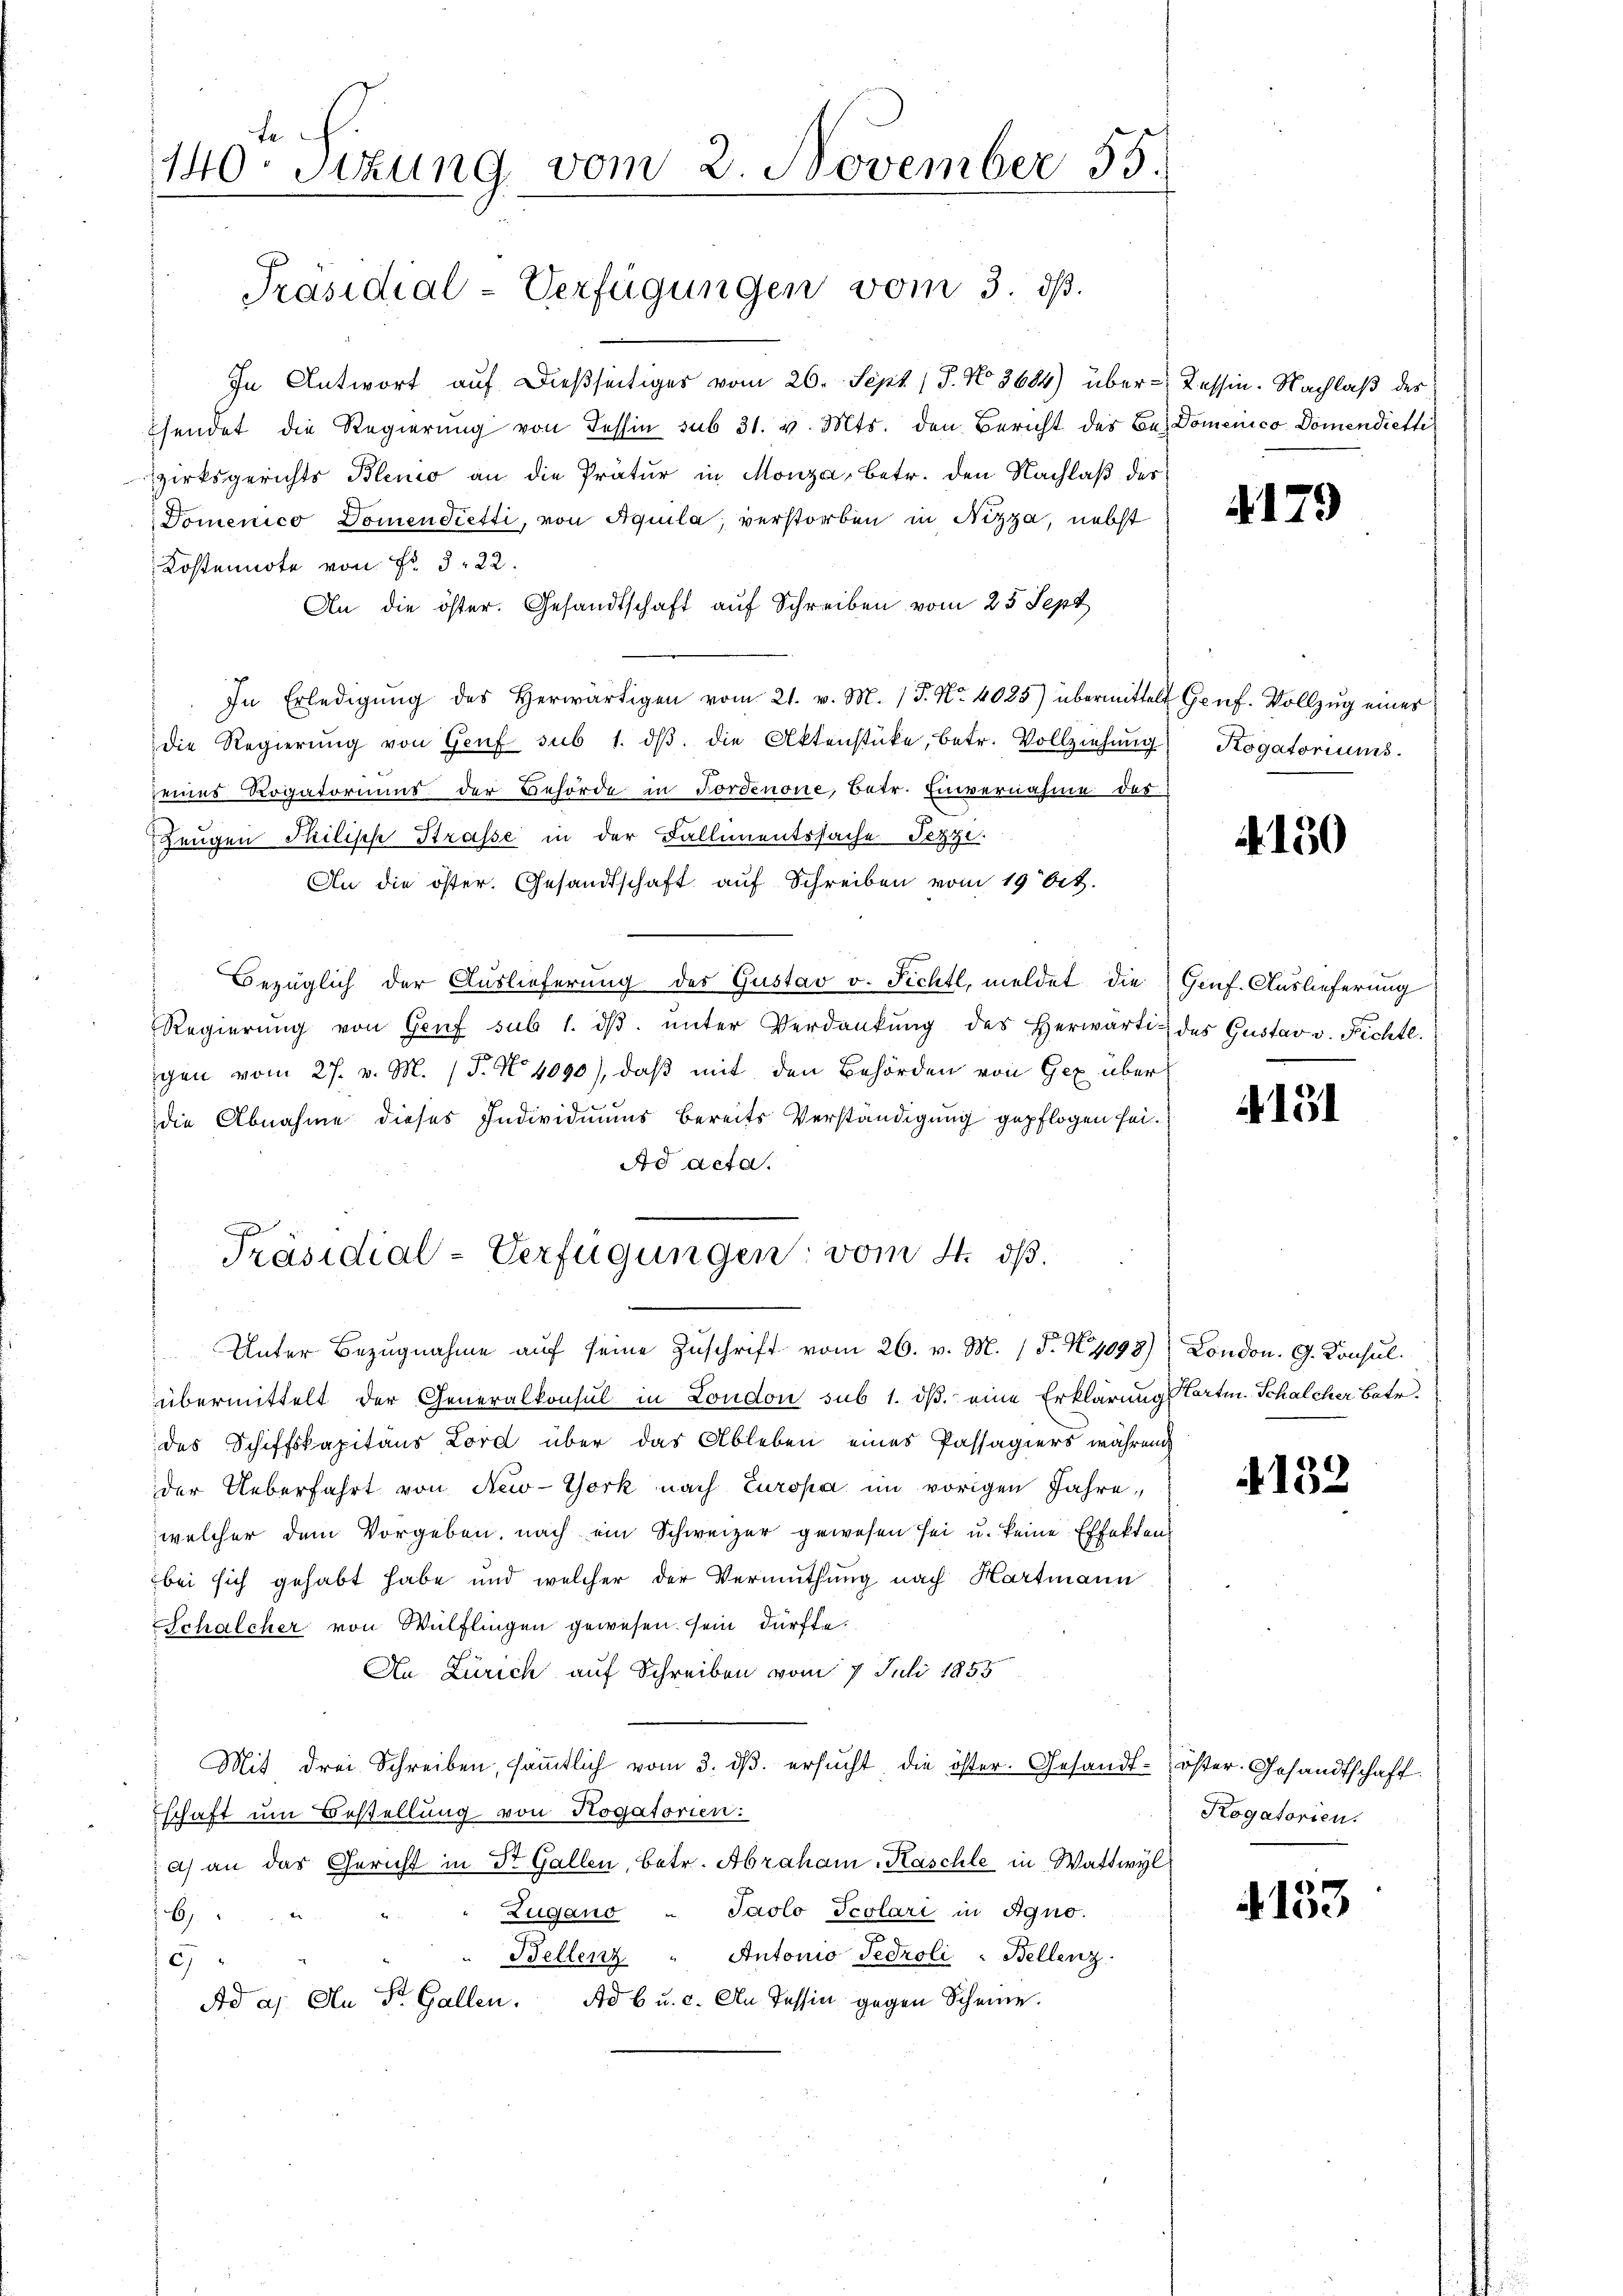
In Antwort auf dießseitiges vom 26. Sept. (T. No. 3684) über- Tessin. Nachlaß des
hendet die Regierung von Tessin sub 31. v. Mts. den Bericht des Be-Domenico Domendiette
zirksgerichts Blenio an die Prätur in Monza, betr. den Nachlaß des
Domenico Domendietti, von Aquila, verstorben in Nizza, nebst
Kostennote von Fr. 322.
An die öster. Gesandtschaft auf Schreiben vom 25 Sept
In Erledigŭng des herwärtigen vom 21. v. M. P. Nr. 4025) übermittelt Genf. Vollzug eines
die Regierŭng von Genf sub 1. dβ die Aktenstücke, betr. Vollziehung
seines Rogatoriums der Behörde in Fordenone, Betr. Einvernahme des
Zeugen Philisch Strasse in der Fallimentssache Fezze
An die öster. Gesandtschaft auf Schreiben vom 19 bet
Bezüglich der Auslieferung des Gustav v. Fichtl, meldet, die
Regierŭng von Genf sub 1. dβ ŭnter Verdankŭng des herwärtig des Gustav v. Fichtl.
gen vom 27. v. M. (T. No 1090), daß mit den Behörden von Gex über
die Abnahme dieses Individuums bereits Verständigung gepflogen sei.
Ao acta.

te
140. Sizung vom 2. November 55.

Präsidial-Verfügungen vom 3. ds.

Präsidial-Verfügungen: vom 4. ds.
Unter Bezugnahme auf seine Zuschrift vom 26. v. M. (§. N. 4093) London. G. Konsul

.
übermittelt der Generalkonsul in London sub 1. dβ. eine Erklärung Carten. Schalcher Betr.
des Schiffskapitaus Lord über das Ableben eines Passagiers während
der Ueberfahrt von New-York nach Europa im vorigen Jahre,
welcher dem Vorgeben, nach ein Schweizer gewesen sei u. keine Effekten
bei sich gehabt habe und welcher der Vermuthung nach Hartmann
Schalcher von Wülflingen gewesen sein dürfte.
An Zürich auf Schreiben vom 7 Juli 1855
Mit drei Schreiben, säṁtlich vom 3. dβ. ersŭcht die öster. Gesandt-öster. Gesandtschaft
schaft um Bestellung von Rogatorien:
a) an das Gericht in Dr. Gallen, betr. Abraham Kaschte in Wattwyl
Zugano " Jaolo Tcolari in Agno.
6
Bellenz " Antonio Fedroli-Bellenz
13
Ad a. An St. Gallen. Ad b u. c. An dessin gegen Scheine.

4179

Kogatoriums.

N. 150

Genf. Auslieferung

131

4132

Kogatorien.

. 133